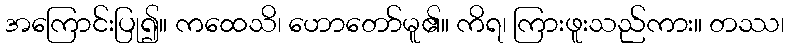
အကြောင်းပြု၍။ ကထေသိ၊ ဟောတော်မူ၏။ ကိရ၊ ကြားဖူးသည်ကား။ တဿ၊